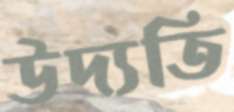
উদ্যতি